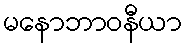
မနောဘာဝနီယာ